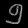
Digit: ၅